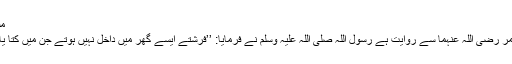
مسلم: 2111)
عبد اللہ بن عمر رضی اللہ عنہما سے روایت ہے رسول اللہ صلی اللہ علیہ وسلم نے فرمایا: ’’فرشتے ایسے گھر میں داخل نہیں ہوتے جن میں کتا یا تصویر ہو‘‘۔